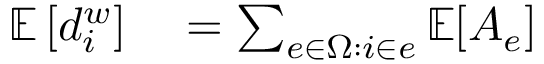
\begin{array} { r l } { \mathbb { E } \left[ d _ { i } ^ { w } \right] } & { { } = \sum _ { e \in \upOmega : i \in e } \mathbb { E } [ A _ { e } ] } \end{array}